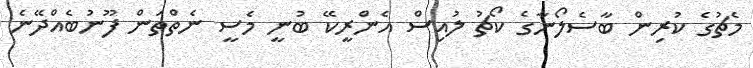
މެޗުގެ ކުރިން ބާސެލޯނާގެ ކޯޗު ލުއިސް އެންރީކޭ ބުނީ މެސީ ނެތްތަން ފޫނުބެއްދޭނެ